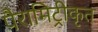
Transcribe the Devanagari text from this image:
पैरामिट्रीकृत